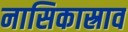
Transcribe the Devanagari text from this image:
नासिकास्राव